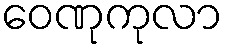
ဝေဏုကုလာ